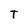
Character: T